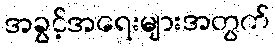
အခွင့်အရေးများအတွက်